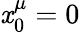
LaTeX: \mathit{x}_{0}^{\mu}=0